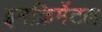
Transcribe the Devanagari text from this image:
इनक्रिमेंटल